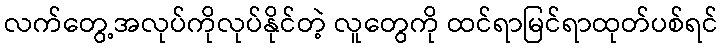
လက်တွေ့အလုပ်ကိုလုပ်နိုင်တဲ့ လူတွေကို ထင်ရာမြင်ရာထုတ်ပစ်ရင်